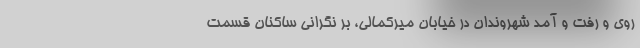
روی و رفت و آمد شهروندان در خیابان میرکمالی، بر نگرانی ساکنان قسمت